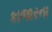
કાજારના